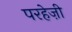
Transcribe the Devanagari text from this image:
परहेज़ी